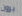
برون